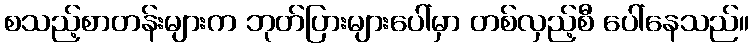
စသည့်စာတန်းများက ဘုတ်ပြားများပေါ်မှာ တစ်လှည့်စီ ပေါ်နေသည်။